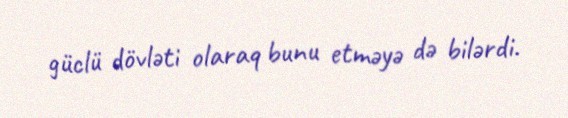
güclü dövləti olaraq bunu etməyə də bilərdi.